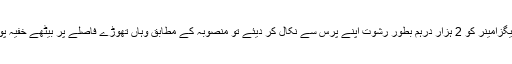
اگلے روز جب ملزمہ نے ایک کیفے میں ملاقات کے دوران ایگزامینر کو 2 ہزار درہم بطور رشوت اپنے پرس سے نکال کر دیئے تو منصوبہ کے مطابق وہاں تھوڑے فاصلے پر بیٹھے خفیہ پولیس کے اہلکاروں نے خاتون کو رنگے ہاتھوں گرفتار کر لیا۔